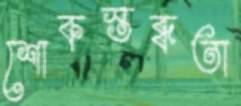
শোকস্তব্ধতা